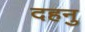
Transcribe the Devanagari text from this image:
दहनु